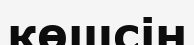
көшсін